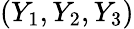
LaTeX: (Y_{1},Y_{2},Y_{3})